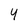
Character: 4